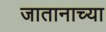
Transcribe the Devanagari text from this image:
जातानाच्या